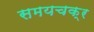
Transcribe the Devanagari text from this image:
समयचक्र